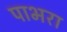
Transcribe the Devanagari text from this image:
पाभरा